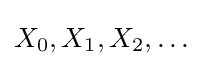
X_{0},X_{1},X_{2},\dots